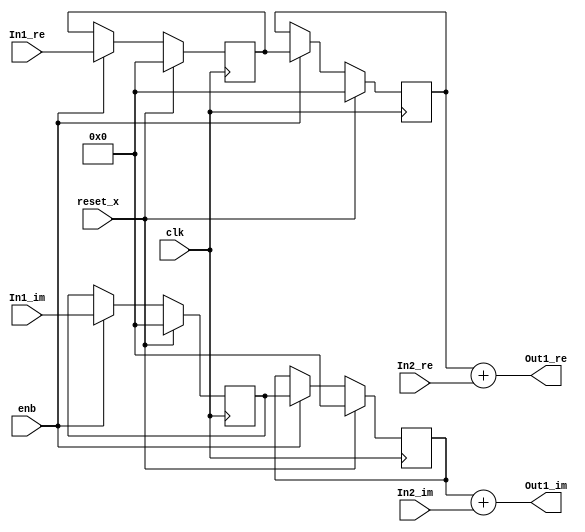
// -------------------------------------------------------------
// 
// 
// Generated by MATLAB 9.8 and HDL Coder 3.16
// 
// -------------------------------------------------------------


// -------------------------------------------------------------
// 
// Module: Complex_Sum_block45
// Source Path: newhope_cambios/FDHT/DFT_2/DFT5-block_IDFT/DFT5-column 1/DFT5-2/Complex-Sum
// Hierarchy Level: 5
// 
// -------------------------------------------------------------

`timescale 1 ns / 1 ns

module Complex_Sum_block45
          (clk,
           reset_x,
           enb,
           In1_re,
           In1_im,
           In2_re,
           In2_im,
           Out1_re,
           Out1_im);


  input   clk;
  input   reset_x;
  input   enb;
  input   signed [36:0] In1_re;  // sfix37_En22
  input   signed [36:0] In1_im;  // sfix37_En22
  input   signed [36:0] In2_re;  // sfix37_En22
  input   signed [36:0] In2_im;  // sfix37_En22
  output  signed [36:0] Out1_re;  // sfix37_En22
  output  signed [36:0] Out1_im;  // sfix37_En22


  reg signed [36:0] delayMatch_reg [0:1];  // sfix37 [2]
  wire signed [36:0] delayMatch_reg_next [0:1];  // sfix37_En22 [2]
  wire signed [36:0] Complex_to_Real_Imag1_out1;  // sfix37_En22
  wire signed [36:0] Sum_out1;  // sfix37_En22
  reg signed [36:0] delayMatch1_reg [0:1];  // sfix37 [2]
  wire signed [36:0] delayMatch1_reg_next [0:1];  // sfix37_En22 [2]
  wire signed [36:0] Complex_to_Real_Imag1_out2;  // sfix37_En22
  wire signed [36:0] Sum1_out1;  // sfix37_En22


  always @(posedge clk)
    begin : delayMatch_process
      if (reset_x == 1'b1) begin
        delayMatch_reg[0] <= 37'sh0000000000;
        delayMatch_reg[1] <= 37'sh0000000000;
      end
      else begin
        if (enb) begin
          delayMatch_reg[0] <= delayMatch_reg_next[0];
          delayMatch_reg[1] <= delayMatch_reg_next[1];
        end
      end
    end

  assign Complex_to_Real_Imag1_out1 = delayMatch_reg[1];
  assign delayMatch_reg_next[0] = In1_re;
  assign delayMatch_reg_next[1] = delayMatch_reg[0];



  assign Sum_out1 = Complex_to_Real_Imag1_out1 + In2_re;



  assign Out1_re = Sum_out1;

  always @(posedge clk)
    begin : delayMatch1_process
      if (reset_x == 1'b1) begin
        delayMatch1_reg[0] <= 37'sh0000000000;
        delayMatch1_reg[1] <= 37'sh0000000000;
      end
      else begin
        if (enb) begin
          delayMatch1_reg[0] <= delayMatch1_reg_next[0];
          delayMatch1_reg[1] <= delayMatch1_reg_next[1];
        end
      end
    end

  assign Complex_to_Real_Imag1_out2 = delayMatch1_reg[1];
  assign delayMatch1_reg_next[0] = In1_im;
  assign delayMatch1_reg_next[1] = delayMatch1_reg[0];



  assign Sum1_out1 = Complex_to_Real_Imag1_out2 + In2_im;



  assign Out1_im = Sum1_out1;

endmodule  // Complex_Sum_block45